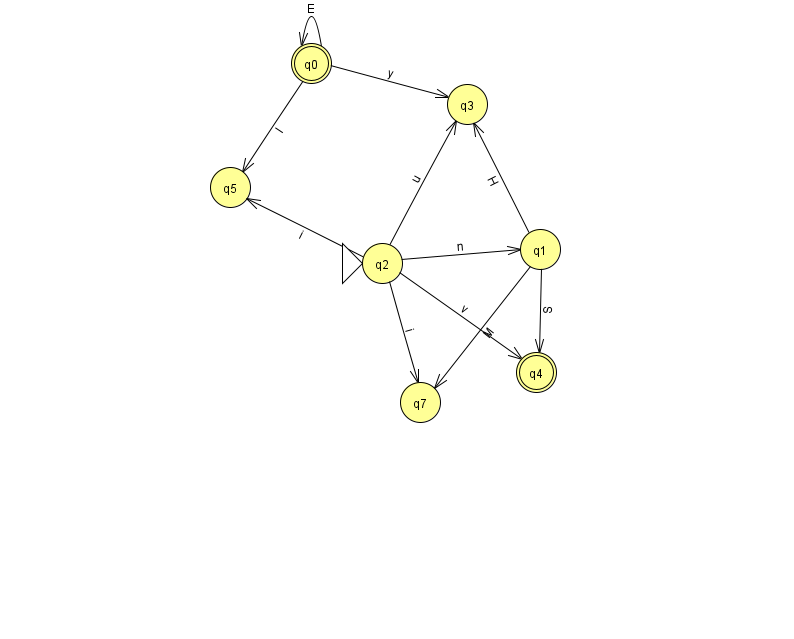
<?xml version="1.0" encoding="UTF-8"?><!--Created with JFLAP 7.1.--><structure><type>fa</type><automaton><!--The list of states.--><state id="0" name="q0"><x>311.0</x><y>50.0</y><final/></state><state id="1" name="q1"><x>540.0</x><y>236.0</y></state><state id="2" name="q2"><x>382.0</x><y>250.0</y><initial/></state><state id="3" name="q3"><x>467.0</x><y>91.0</y></state><state id="4" name="q4"><x>536.0</x><y>359.0</y><final/></state><state id="5" name="q5"><x>230.0</x><y>174.0</y></state><state id="7" name="q7"><x>420.0</x><y>389.0</y></state><!--The list of transitions.--><transition><from>1</from><to>4</to><read>S</read></transition><transition><from>2</from><to>3</to><read>u</read></transition><transition><from>2</from><to>4</to><read>v</read></transition><transition><from>1</from><to>7</to><read>M</read></transition><transition><from>0</from><to>0</to><read>E</read></transition><transition><from>2</from><to>7</to><read>i</read></transition><transition><from>2</from><to>1</to><read>n</read></transition><transition><from>0</from><to>3</to><read>y</read></transition><transition><from>1</from><to>3</to><read>H</read></transition><transition><from>0</from><to>5</to><read>l</read></transition><transition><from>2</from><to>5</to><read>i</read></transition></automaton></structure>